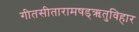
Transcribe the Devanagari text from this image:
गीतसीतारामषड्ऋतुविहार